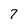
Character: 7